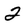
Character: 2